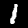
Label: 1